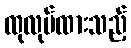
ထုလုပ်ထားသည့်